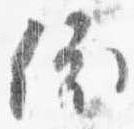
依